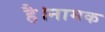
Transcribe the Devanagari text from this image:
है।नामक